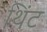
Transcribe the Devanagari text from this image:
थिंट